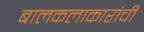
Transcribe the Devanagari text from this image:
बालकलाकारांची